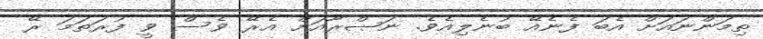
ތިމަންނައަށް އެބަ ފެނެއޭ ބުނެލިއެވެ. ނަޞްރާއަށް އެރޭ ވެސް ވީ ފުރަތަމަ ރޭ